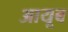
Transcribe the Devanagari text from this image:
आयूब